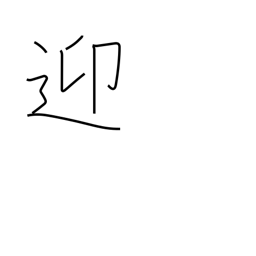
Meaning: meet